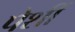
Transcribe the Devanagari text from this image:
पेशीं